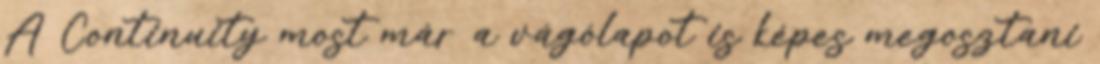
A Continuity most már a vágólapot is képes megosztani